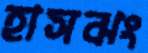
হাসঝং